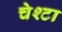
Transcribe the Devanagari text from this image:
चेश्टा